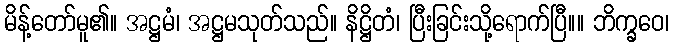
မိန့်တော်မူ၏။ အဋ္ဌမံ၊ အဋ္ဌမသုတ်သည်။ နိဋ္ဌိတံ၊ ပြီးခြင်းသို့ရောက်ပြီ။။ ဘိက္ခဝေ၊